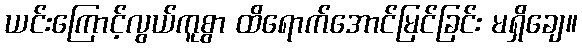
ယင်းကြောင့်လွယ်ကူစွာ ထိရောက်အောင်မြင်ခြင်း မရှိချေ။